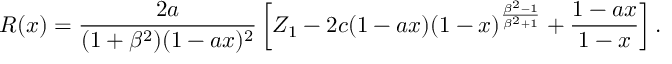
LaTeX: R ( x ) = { \frac { 2 a } { ( 1 + \beta ^ { 2 } ) ( 1 - a x ) ^ { 2 } } } \left[ { \cal Z } _ { 1 } - 2 c ( 1 - a x ) ( 1 - x ) ^ { \frac { \beta ^ { 2 } - 1 } { \beta ^ { 2 } + 1 } } + { \frac { 1 - a x } { 1 - x } } \right] .